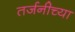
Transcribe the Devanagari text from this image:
तर्जनीच्या